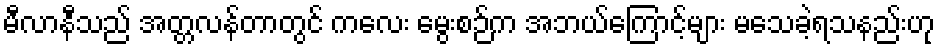
မီလာနီသည် အတ္တလန်တာတွင် ကလေး မွေးစဉ်က အဘယ်ကြောင့်များ မသေခဲ့ရသနည်းဟု